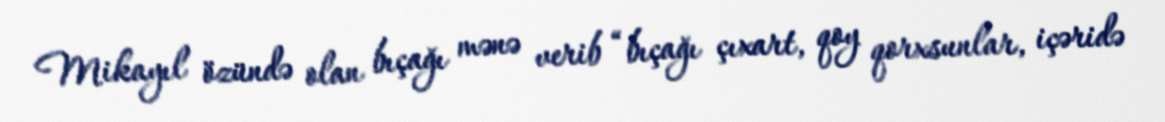
Mikayıl özündə olan bıçağı mənə verib “bıçağı çıxart, qoy qorxsunlar, içəridə